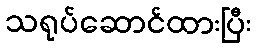
သရုပ်ဆောင်ထားပြီး